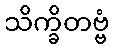
သိက္ခိတဗ္ဗံ